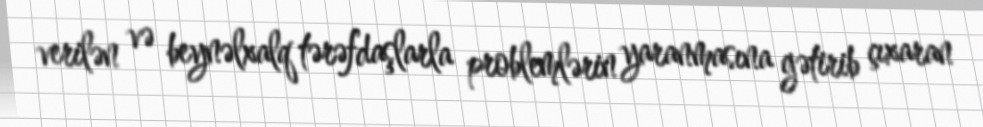
verilən və beynəlxalq tərəfdaşlarla problemlərin yaranmasına gətirib çıxaran